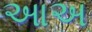
આઅ